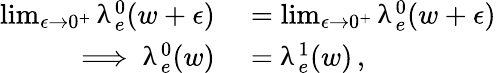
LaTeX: \begin{array}{rl}{\operatorname*{lim}_{\epsilon\rightarrow 0^{+}}\uplambda_{e}^{0}(w+\epsilon)}&{{}=\operatorname*{lim}_{\epsilon\rightarrow 0^{+}}\uplambda_{e}^{0}(w+\epsilon)}\\ {\implies\uplambda_{e}^{0}(w)}&{{}=\uplambda_{e}^{1}(w)\, ,}\end{array}